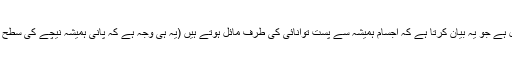
طبیعیات کا ایک مسلمہ اصول ہے جو یہ بیان کرتا ہے کہ اجسام ہمیشہ سے پست توانائی کی طرف مائل ہوتے ہیں (یہ ہی وجہ ہے کہ پانی ہمیشہ نیچے کی سطح کی طرف میلان رکھتا ہے )۔